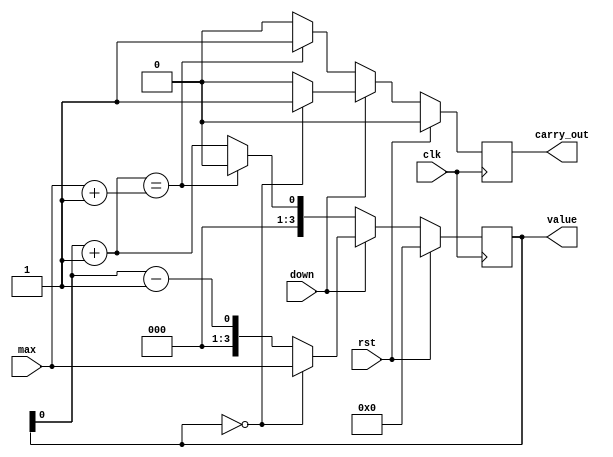
module decade(clk, rst, max, down, carry_out, value);

input clk;
input rst;
input [3:0] max;
input down;

output reg [3:0] value;
output reg carry_out;

wire value_inc;
wire value_dec;
assign value_inc = value + 1;
assign value_dec = value - 1;

initial begin
	value <= 0;
	carry_out <= 0;
end

always@(posedge clk) begin
	if (rst) begin
		value <= 0;
		carry_out <=0;
	end
	else begin 
		if ( ~ down) begin
			if (value_inc == max + 1) begin
				carry_out <= 1;
				value <= 0;
			end
			else begin
				carry_out <= 0;
				value <= value_inc;
			end
		end
		else if ( down ) begin
			if (value == 0) begin
				carry_out <= 1;
				value <= max;
			end
			else begin
				carry_out <= 0;
				value <= value_dec;
			end
		end
	end
end

endmodule